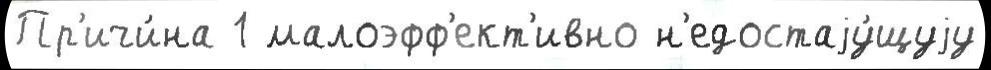
Пр'ичи́на 1 малоэфф'ект'ивно н'едостаjу́щуjу